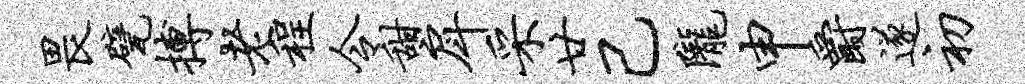
畏甓搏老程令甜戽采廿己陇申爵遂初